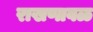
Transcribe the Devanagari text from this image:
राखणावळ